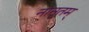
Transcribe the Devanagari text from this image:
नानृतम्